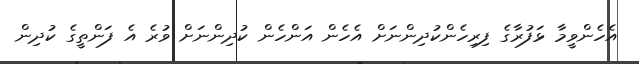
އެހެންވީމާ ޅަފުރާގެ ފިރިހެންކުދިންނަށް އެހެން އަންހެން ކުދިންނަށް ވުރެ އެ ފަންތީގެ ކުދިން